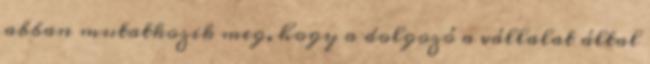
abban mutatkozik meg, hogy a dolgozó a vállalat által